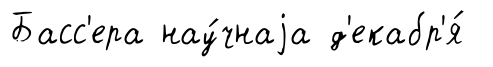
Басс'ера нау́чнаjа д'екабр'я́